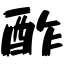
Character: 酢